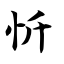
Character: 忻